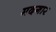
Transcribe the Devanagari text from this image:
मदगार